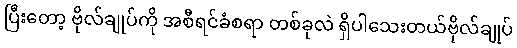
ပြီးတော့ ဗိုလ်ချုပ်ကို အစီရင်ခံစရာ တစ်ခုလဲ ရှိပါသေးတယ်ဗိုလ်ချုပ်